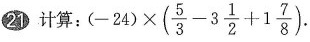
21 计算:$$( - ( - 2 4 \times ( \frac { 5 } { 3 } - 3 \frac { 1 } { 2 } + 1 \frac { 7 } { 8 } )$$.